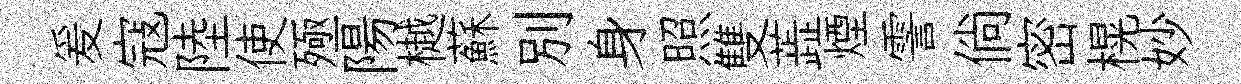
爰寇陸使殛陽樾蘇别身照雙蕋煙霅倘密榥妙